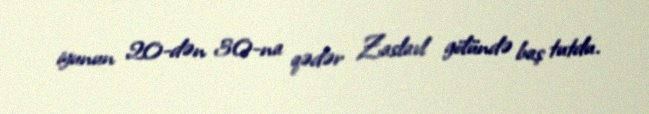
iyunun 20-dən 30-na qədər Zaslavl gölündə baş tutdu.